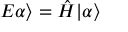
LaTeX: E \alpha \rangle = { \hat { H } } | \alpha \rangle